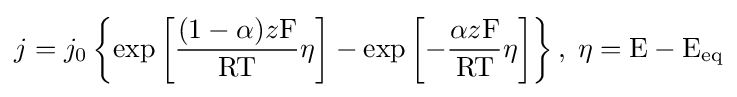
j=j_{0}\left\{\exp \left[{\frac {(1-\alpha )z\mathrm {F} }{\mathrm {R} \mathrm {T} }}\eta \right]-\exp \left[-{\frac {\alpha z\mathrm {F} }{\mathrm {R} \mathrm {T} }}\eta \right]\right\},\;\eta =\mathrm {E} -\mathrm {E_{eq}}